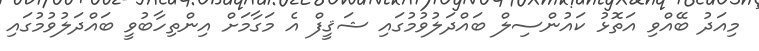
މިއަދު ބޭއްވި އަތޮޅު ކައުންސިލް ބައްދަލުވުމުގައި ޝަޤީފް އެ މަގާމަށް އިންތިހާބުވީ ބައްދަލުވުމުގައި